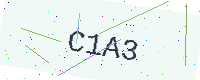
Text: C1A3